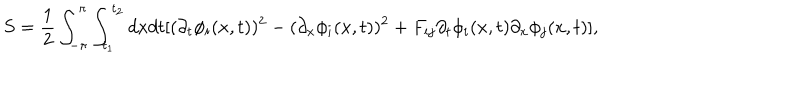
S = \frac { 1 } { 2 } \int _ { - \pi } ^ { \pi } \int _ { t _ { 1 } } ^ { t _ { 2 } } d x d t [ ( \partial _ { t } \phi _ { i } ( x , t ) ) ^ { 2 } - ( \partial _ { x } \phi _ { i } ( x , t ) ) ^ { 2 } + F _ { i j } \partial _ { t } \phi _ { i } ( x , t ) \partial _ { x } \phi _ { j } ( x , t ) ] ,